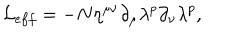
{ \cal L } _ { e f f } = - N \eta ^ { \mu \nu } \partial _ { \mu } \lambda ^ { p } \partial _ { \nu } \lambda ^ { p } ,